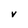
Character: V